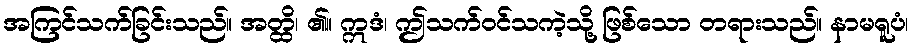
အကြင်သက်ခြင်းသည်။ အတ္ထိ၊ ၏။ ဣဒံ၊ ဤသက်ဝင်သကဲ့သို့ ဖြစ်သော တရားသည်။ နာမရူပံ၊